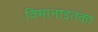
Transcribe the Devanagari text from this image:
विमानाइतका